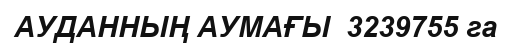
АУДАННЫҢ АУМАҒЫ  3239755 га